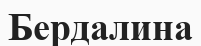
Бердалина